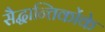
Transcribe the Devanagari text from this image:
सैद्धान्तिकोंके